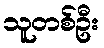
သူတစ်ဦး